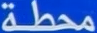
محطة